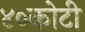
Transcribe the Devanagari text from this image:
४०कोटी